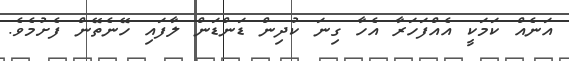
އަނެއް ކަމަކީ އެއްފަހަރާ އެހާ ގިނަ ކުދިން ޑަންޑަން ލާފައި ހޭނެތޭން ފެށުމެވެ.